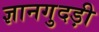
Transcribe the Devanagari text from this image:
ज्ञानगुदड़ी